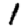
Digit: 1